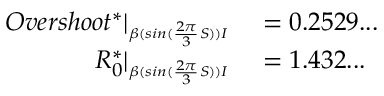
\begin{array} { r l } { O v e r s h o o t ^ { * } | _ { \substack { _ { \beta ( s i n ( \frac { 2 \pi } { 3 } S ) ) I } } } } & { { } = 0 . 2 5 2 9 . . . } \\ { R _ { 0 } ^ { * } | _ { \substack { _ { \beta ( s i n ( \frac { 2 \pi } { 3 } S ) ) I } } } } & { { } = 1 . 4 3 2 . . . } \end{array}